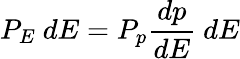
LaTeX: P_{E}~dE=P_{p}{\frac{dp}{dE}}~dE